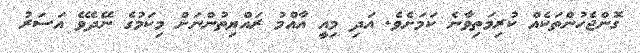
ގޮންޖެހުންތަކެއް ކުރިމަތިވާނެ ކަމަށެވެ. އަދި މިއީ އާއްމު ރައްޔިތުންނަށް މިކަމުގެ ނޭދެވޭ އަސަރު